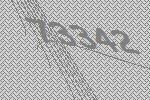
73342